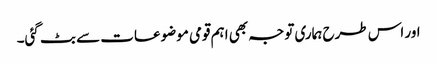
اور اس طرح ہماری توجہ بھی اہم قومی موضوعات سے بٹ گئی۔